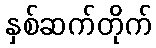
နှစ်ဆက်တိုက်